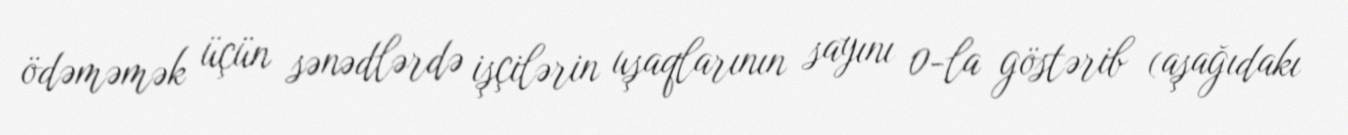
ödəməmək üçün sənədlərdə işçilərin uşaqlarının sayını 0-la göstərib (aşağıdakı